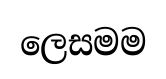
ලෙසමම